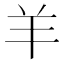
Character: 羊